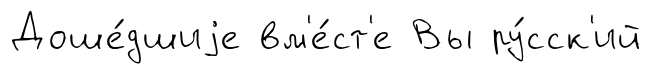
Доше́дшиjе вм'е́ст'е Вы ру́сск'ий